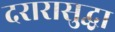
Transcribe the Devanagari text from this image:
दरारासुद्धा